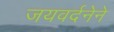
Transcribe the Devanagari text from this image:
जयवर्दनेने